Jaan_Tonisson_(Lasteleht), lk 311
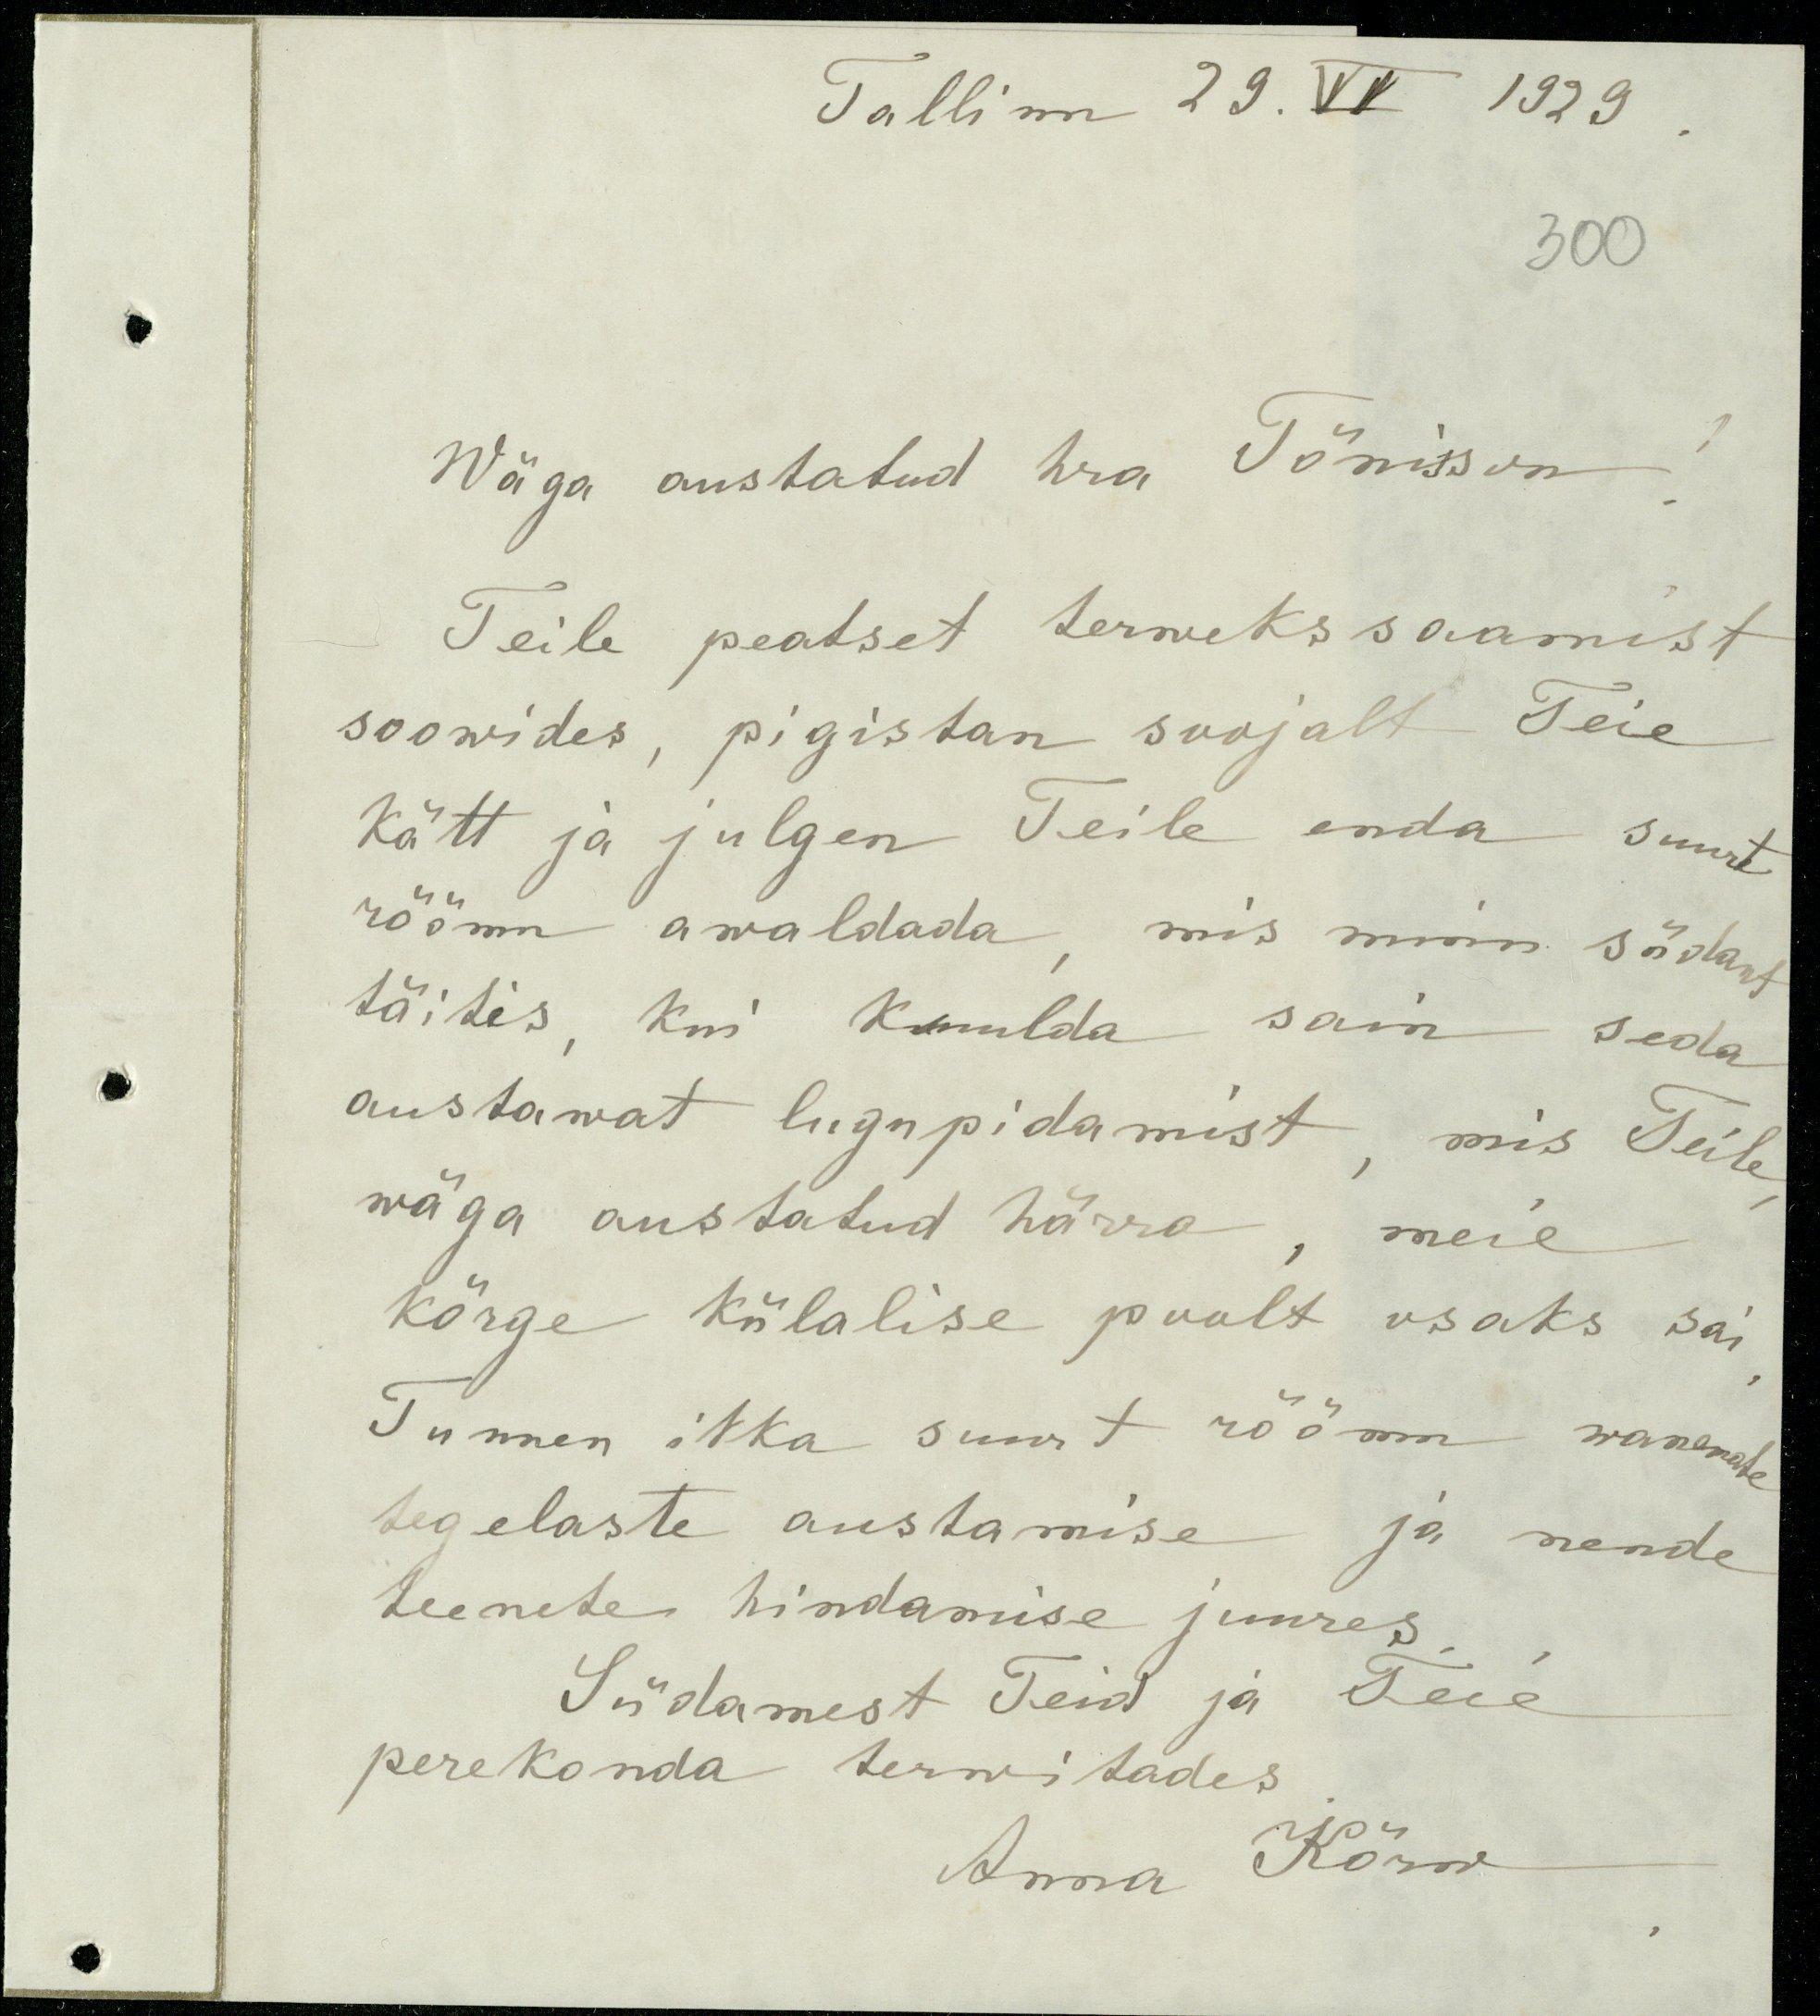
Tallinn 29. VI 1929
300
Wäga austatud hra Tõnisson!
Teile peatset terweks saamist
soowides, pigistan soojalt Teie
Kätt ja julgen Teile enda suurt
rõõmu awaldada, mis minu südant
täitis, kui kuulda sain seda
austawat lugupidamist, mis Teile
wäga austatud härra, meie
kõrge külalise poolt osaks sai
Tunnen ikka suurt rõõmu wanemate
tegelaste austamise ja nende
teenete hindamise juures
Südamest Teid ja Teie
perekonda terwitades.
Anna Kõrw